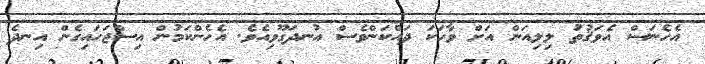
އެހެނަސް އެވަޤުތު ލިލިއަން އަށް ވާހަކަ ދައްކަންވެސް އުނދަގޫވިއެވެ. އެހެންކަމުން އިސްޖަހައިގެން އިނދެ